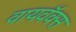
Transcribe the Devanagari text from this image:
वायवॅक्स